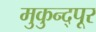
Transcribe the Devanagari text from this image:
मुकुन्द्पूर